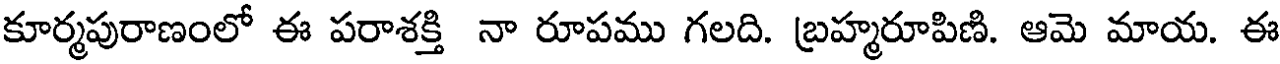
కూర్మపురాణంలో ఈ పరాశక్తి నా రూపము గలది. బ్రహ్మరూపిణి. ఆమె మాయ. ఈ